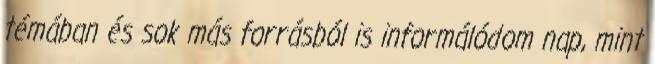
témában és sok más forrásból is informálódom nap, mint